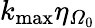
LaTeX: {{k}_{\operatorname*{max}}}{{\eta}_{{{\varOmega}_{0}}}}